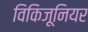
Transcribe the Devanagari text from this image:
विकिजूनियर